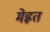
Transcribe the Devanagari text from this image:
मेह्नत